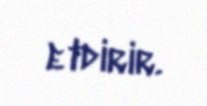
etdirir.